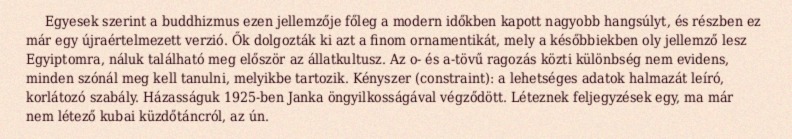
Egyesek szerint a buddhizmus ezen jellemzője főleg a modern időkben kapott nagyobb hangsúlyt, és részben ez már egy újraértelmezett verzió. Ők dolgozták ki azt a finom ornamentikát, mely a későbbiekben oly jellemző lesz Egyiptomra, náluk található meg először az állatkultusz. Az o- és a-tövű ragozás közti különbség nem evidens, minden szónál meg kell tanulni, melyikbe tartozik. Kényszer (constraint): a lehetséges adatok halmazát leíró, korlátozó szabály. Házasságuk 1925-ben Janka öngyilkosságával végződött. Léteznek feljegyzések egy, ma már nem létező kubai küzdőtáncról, az ún.